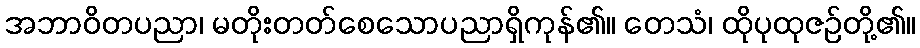
အဘာဝိတပညာ၊ မတိုးတတ်စေသောပညာရှိကုန်၏။ တေသံ၊ ထိုပုထုဇဉ်တို့၏။